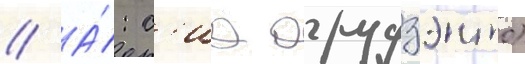
// А́: с'иа арудзэнто)